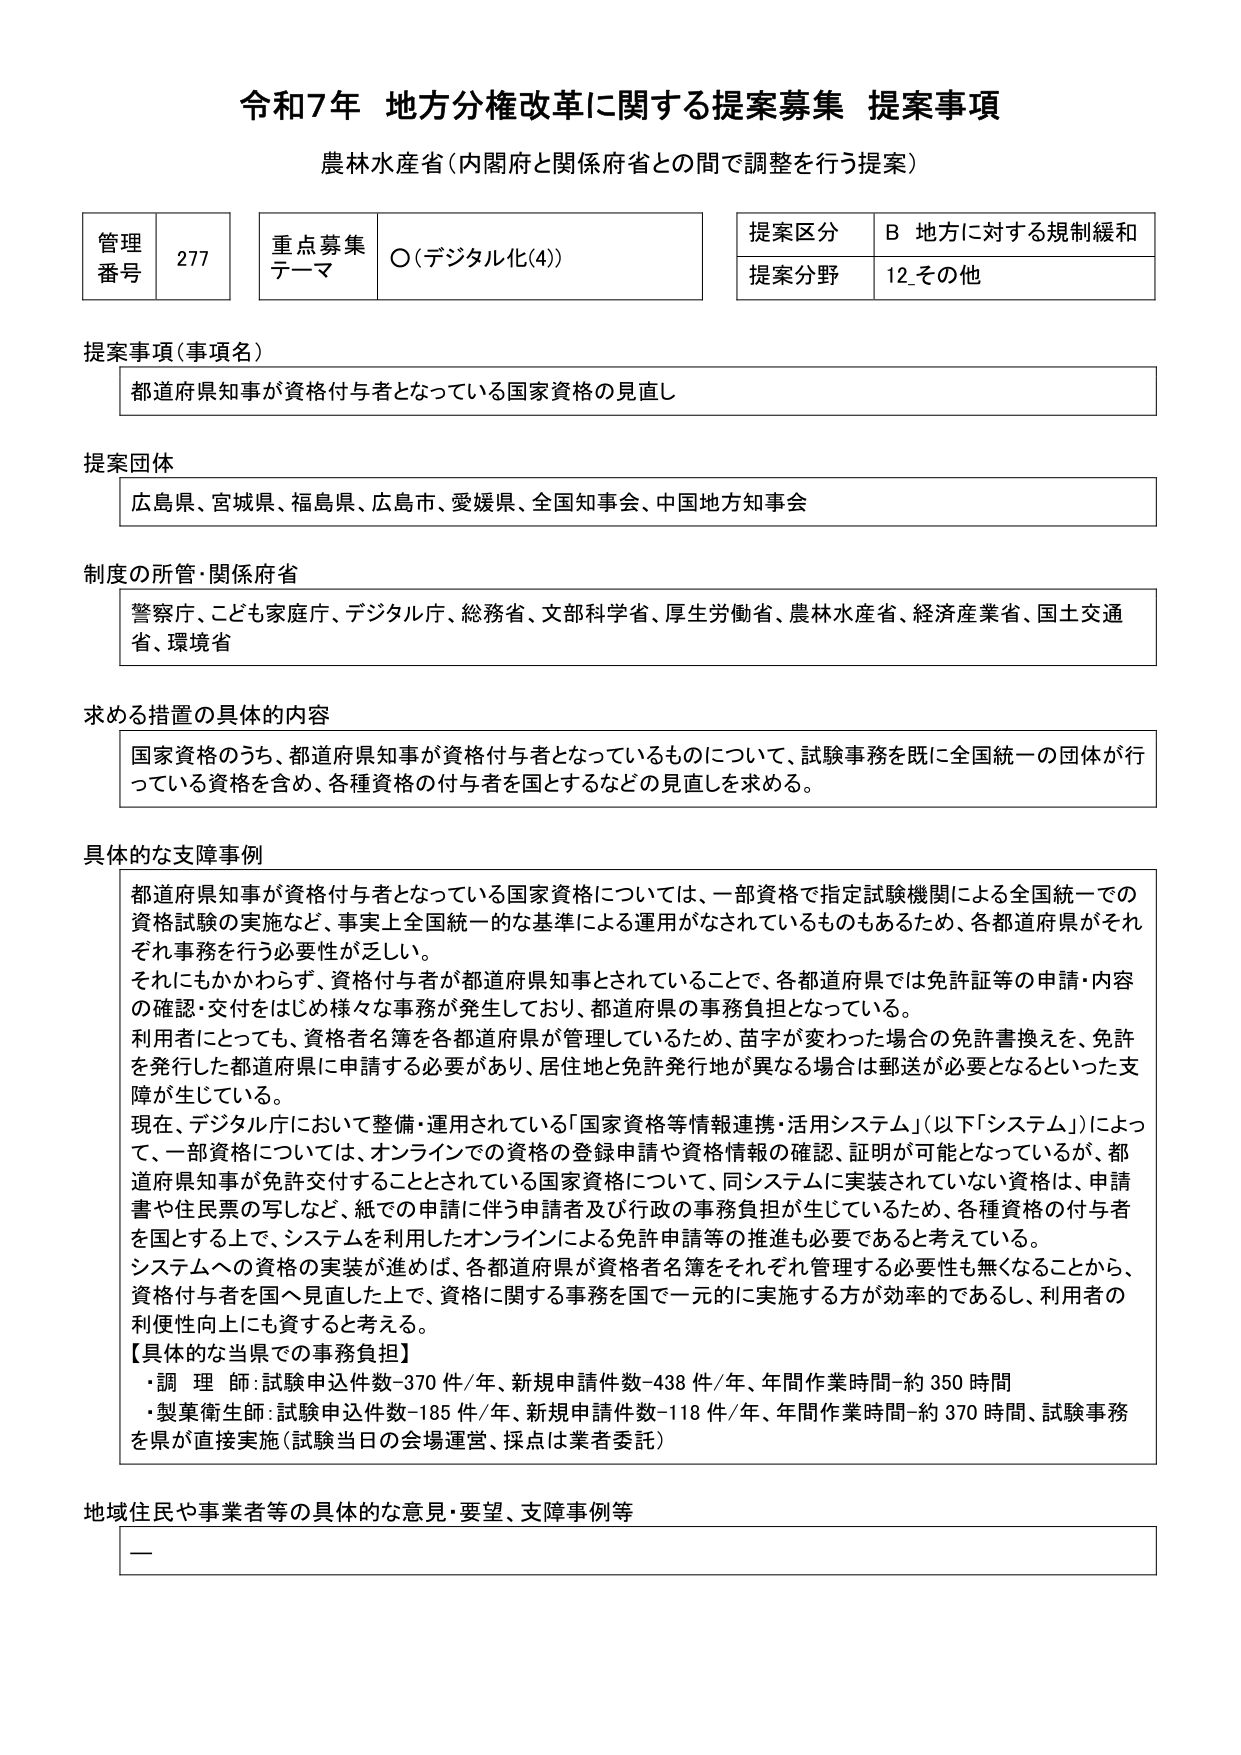
令和7年 地方分権改革に関する提案募集 提案事項
農林水産省（内閣府と関係府省との間で調整を行う提案）

管理番号 277
重点募集テーマ ○（デジタル化(4)）
提案区分 B 地方に対する規制緩和
提案分野 12_その他

提案事項（事項名）
都道府県知事が資格付与者となっている国家資格の見直し

提案団体
広島県、宮城県、福島県、広島市、愛媛県、全国知事会、中国地方知事会

制度の所管・関係府省
警察庁、こども家庭庁、デジタル庁、総務省、文部科学省、厚生労働省、農林水産省、経済産業省、国土交通省、環境省

求める措置の具体的内容
国家資格のうち、都道府県知事が資格付与者となっているものについて、試験事務を既に全国統一の団体が行っている資格を含め、各種資格の付与者を国とするなどの見直しを求める。

具体的な支障事例
都道府県知事が資格付与者となっている国家資格については、一部資格で指定試験機関による全国統一での資格試験の実施など、事実上全国統一的な基準による運用がなされているものもあるため、各都道府県がそれぞれ事務を行う必要性が乏しい。
それにもかかわらず、資格付与者が都道府県知事とされていることで、各都道府県では免許証等の申請・内容の確認・交付をはじめ様々な事務が発生しており、都道府県の事務負担となっている。
利用者にとっても、資格者名簿を各都道府県が管理しているため、苗字が変わった場合の免許書換えを、免許を発行した都道府県に申請する必要があり、居住地と免許発行地が異なる場合は郵送が必要となるといった支障が生じている。
現在、デジタル庁において整備・運用されている「国家資格等情報連携・活用システム」（以下「システム」）によって、一部資格については、オンラインでの資格の登録申請や資格情報の確認、証明が可能となっているが、都道府県知事が免許交付することとされている国家資格について、同システムに実装されていない資格は、申請書や住民票の写しなど、紙での申請に伴う申請者及び行政の事務負担が生じているため、各種資格の付与者を国とする上で、システムを利用したオンラインによる免許申請等の推進も必要であると考えている。
システムへの資格の実装が進めば、各都道府県が資格者名簿をそれぞれ管理する必要性も無くなることから、資格付与者を国へ見直した上で、資格に関する事務を国で一元的に実施する方が効率的であるし、利用者の利便性向上にも資すると考える。
【具体的な当県での事務負担】
・調理師：試験申込件数-370件/年、新規申請件数-438件/年、年間作業時間-約350時間
・製菓衛生師：試験申込件数-185件/年、新規申請件数-118件/年、年間作業時間-約370時間、試験事務を県が直接実施（試験当日の会場運営、採点は業者委託）

地域住民や事業者等の具体的な意見・要望、支障事例等
ー